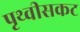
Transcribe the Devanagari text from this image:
पृथ्वीसकट